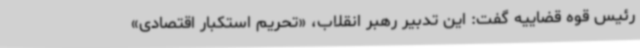
رئیس قوه قضاییه گفت: این تدبیر رهبر انقلاب، «تحریم استکبار اقتصادی»